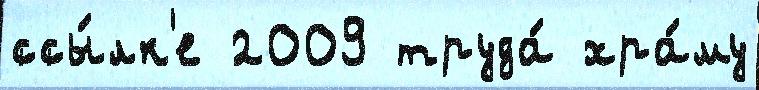
ссы́лк'е 2009 труда́ хра́му